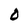
Character: 0